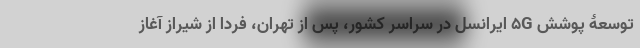
توسعۀ پوشش 5G ایرانسل در سراسر کشور، پس از تهران، فردا از شیراز آغاز